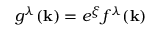
g ^ { \lambda } ( \mathbf { k } ) = e ^ { \xi } f ^ { \lambda } ( \mathbf { k } )